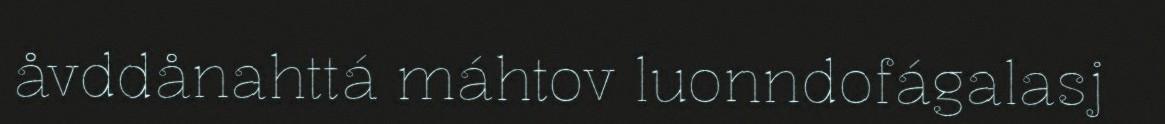
åvddånahttá máhtov luonndofágalasj